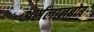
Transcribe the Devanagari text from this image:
अर्सलानबोब